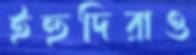
ইহুদিরাও